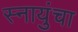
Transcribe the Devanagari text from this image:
स्नायुंचा